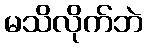
မသိလိုက်ဘဲ